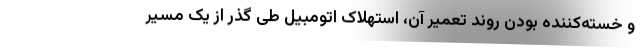
و خسته‌کننده بودن روند تعمیر آن، استهلاک اتومبیل طی‌ گذر از یک مسیر